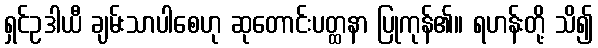
ရှင်ဥဒါယီ ချမ်းသာပါစေဟု ဆုတောင်းပတ္ထနာ ပြုကုန်၏။ ရဟန်းတို့ သိ၍